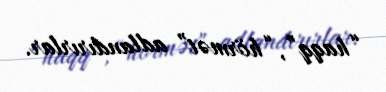
“haqq”, “hörmət” adlandırırlar.